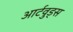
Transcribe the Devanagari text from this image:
आर्टवुड्स